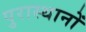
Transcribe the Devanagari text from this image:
पुरास्थानों